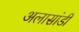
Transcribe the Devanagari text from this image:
अलासांडी